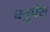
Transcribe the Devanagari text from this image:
धनुर्धरा